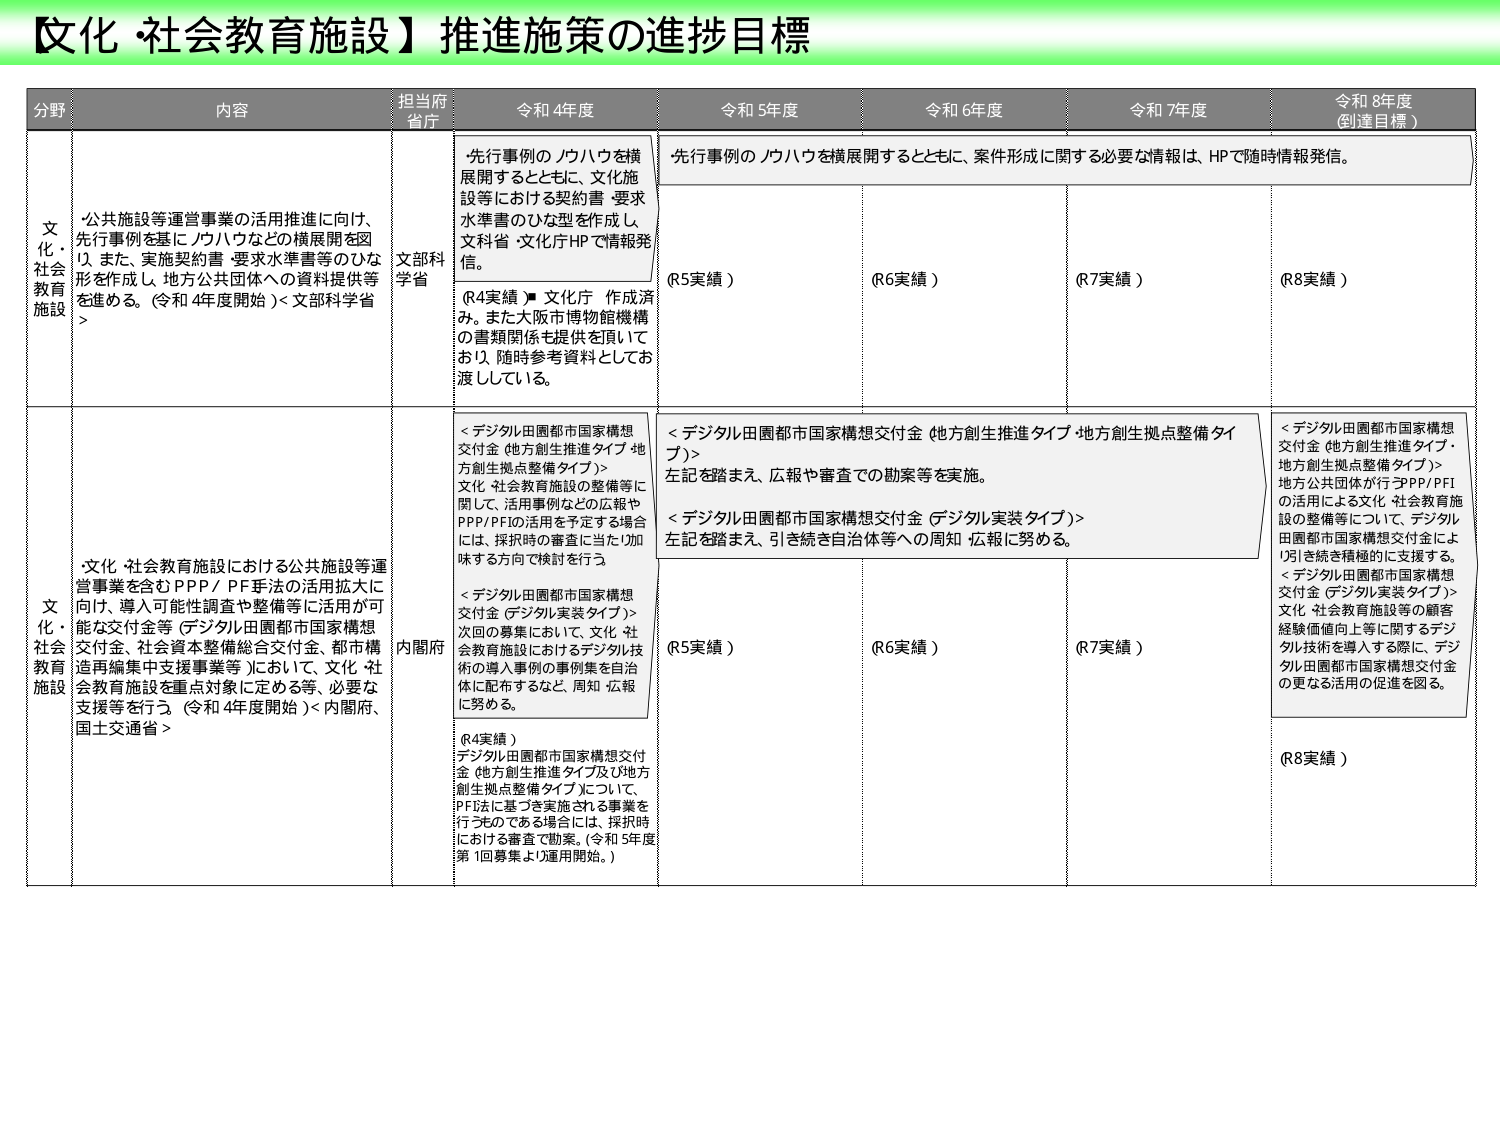
【文化・社会教育施設】推進施策の進捗目標

分野 内容 担当府省 令和4年度 令和5年度 令和6年度 令和7年度 令和8年度（到達目標）

文化・社会教育施設
・公共施設等運営事業の活用推進に向け、先行事例を基にノウハウなどの横展開を図り、また、実施契約書・要求水準書等のひな形を作成し、地方公共団体への資料提供等を進める。（令和4年度開始）＜文部科学省＞
文部科学省
・先行事例のノウハウを横展開するとともに、文化施設等における契約書・要求水準書のひな形を作成し、文科省・文化庁HPで情報発信。
（R4実績）文化庁 作成済み。また大阪市博物館機構の書類関係も提供を頂いており、随時参考資料としてお渡ししている。
・先行事例のノウハウを横展開するとともに、案件形成に関する必要な情報は、HPで随時情報発信。
（R5実績）
（R6実績）
（R7実績）
（R8実績）

文化・社会教育施設
・文化・社会教育施設における公共施設等運営事業を含むPPP/PF手法の活用拡大に向け、導入可能性調査や整備等に活用が可能な交付金等（デジタル田園都市国家構想交付金、社会資本整備総合交付金、都市構造再編集中支援事業等）において、文化・社会教育施設を重点対象に定める等、必要な支援等を行う。（令和4年度開始）＜内閣府、国土交通省＞
内閣府
＜デジタル田園都市国家構想交付金（地方創生推進タイプ・地方創生拠点整備タイプ）＞
文化・社会教育施設の整備等に関して、活用事例などの広報やPPP/PFIの活用を予定する場合には、採択時の審査に当たり加味する方向で検討を行う。
＜デジタル田園都市国家構想交付金（デジタル実装タイプ）＞
次回の募集において、文化・社会教育施設におけるデジタル技術の導入事例の事例集を自治体に配布するなど、周知・広報に努める。
（R4実績）
デジタル田園都市国家構想交付金（地方創生推進タイプ及び地方創生拠点整備タイプ）について、PF法に基づき実施される事業を行うものである場合には、採択時における審査で勘案。（令和5年度第1回募集より運用開始。）
＜デジタル田園都市国家構想交付金（地方創生推進タイプ・地方創生拠点整備タイプ）＞
左記を踏まえ、広報や審査での勘案等を実施。
＜デジタル田園都市国家構想交付金（デジタル実装タイプ）＞
左記を踏まえ、引き続き自治体等への周知・広報に努める。
（R5実績）
（R6実績）
（R7実績）
＜デジタル田園都市国家構想交付金（地方創生推進タイプ・地方創生拠点整備タイプ）＞
地方公共団体が行うPPP/PFIの活用による文化・社会教育施設の整備等について、デジタル田園都市国家構想交付金により引き続き積極的に支援する。
＜デジタル田園都市国家構想交付金（デジタル実装タイプ）＞
文化・社会教育施設等の顧客経験価値向上等に関するデジタル技術を導入する際に、デジタル田園都市国家構想交付金の更なる活用の促進を図る。
（R8実績）